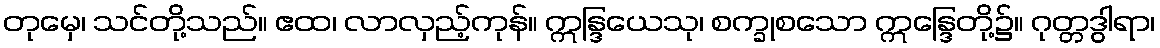
တုမှေ၊ သင်တို့သည်။ ဧထ၊ လာလှည့်ကုန်။ ဣန္ဒြယေသု၊ စက္ခုစသော ဣန္ဒြေတို့၌။ ဂုတ္တဒွါရာ၊